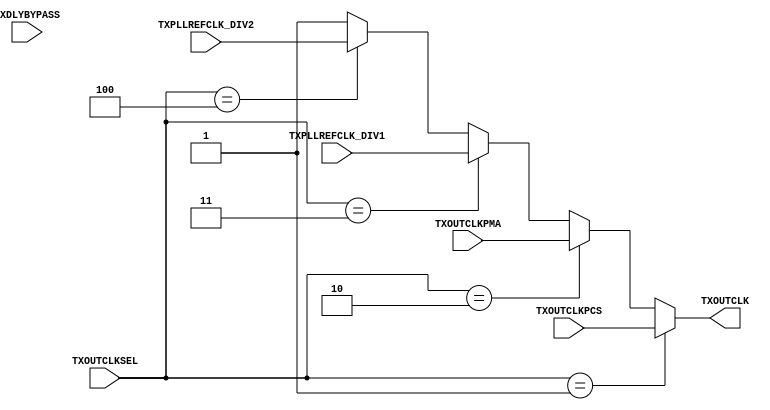
module gtxe2_chnl_outclk_mux(
    input   wire            TXPLLREFCLK_DIV1,
    input   wire            TXPLLREFCLK_DIV2,
    input   wire            TXOUTCLKPMA,
    input   wire            TXOUTCLKPCS,
    input   wire    [2:0]   TXOUTCLKSEL,
    input   wire            TXDLYBYPASS,
    output  wire            TXOUTCLK
);
assign  TXOUTCLK    = TXOUTCLKSEL == 3'b001 ? TXOUTCLKPCS                       
                    : TXOUTCLKSEL == 3'b010 ? TXOUTCLKPMA                      
                    : TXOUTCLKSEL == 3'b011 ? TXPLLREFCLK_DIV1                           
                    : TXOUTCLKSEL == 3'b100 ? TXPLLREFCLK_DIV2
                    :             1'b1; 
endmodule